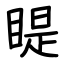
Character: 睼